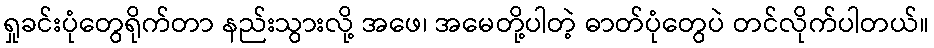
ရှုခင်းပုံတွေရိုက်တာ နည်းသွားလို့ အဖေ၊ အမေတို့ပါတဲ့ ဓာတ်ပုံတွေပဲ တင်လိုက်ပါတယ်။